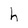
Character: h